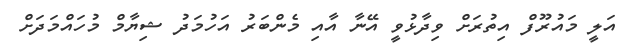
އަލީ މައުރޫފް އިތުރަށް ވިދާޅުވީ އޭނާ އާއި މެންބަރު އަހުމަދު ޝިޔާމް މުހައްމަދަށް